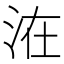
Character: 𰛢